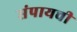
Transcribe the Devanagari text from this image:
संपायची